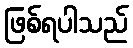
ဖြစ်ရပါသည်